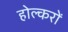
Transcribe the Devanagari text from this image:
होल्करों